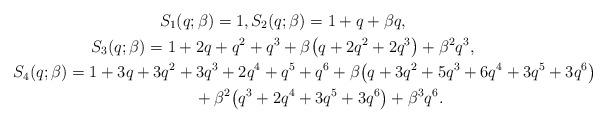
\begin{gather*}S_1(q;\beta)=1, S_2(q;\beta)=1+q+\beta q,\\S_3(q;\beta)=1+2 q+q^2+q^3+\beta \big(q+2q^2+2q^3\big )+\beta^2 q^3,\\S_4(q;\beta)=1+3q+3q^2+3q^3+2q^4+q^5+q^6+\beta\big(q+3q^2+5q^3+6q^4+3q^5+3q^6\big)\\\hphantom{S_4(q;\beta)=}{} + \beta^2\big(q^3+2q^4+3q^5+3q^6\big)+\beta^3 q^6.\end{gather*}